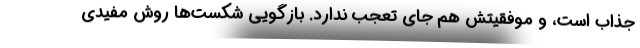
جذاب است، و موفقیتش هم جای تعجب ندارد. بازگوییِ شکست‌ها روشِ مفیدی